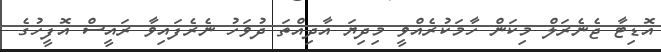
އޮޑިޓާ ޖެނެރަލް މިކަން ހާމަކުރެއްވީ މިދިޔަ އާދިއްތަ ދުވަހު ނެރެފައިވާ ރައީސް އޮފީހުގެ